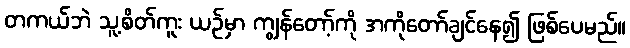
တကယ်ဘဲ သူ့စိတ်ကူး ယဉ်မှာ ကျွန်တော့်ကို အကိုတော်ချင်နေ၍ ဖြစ်ပေမည်။